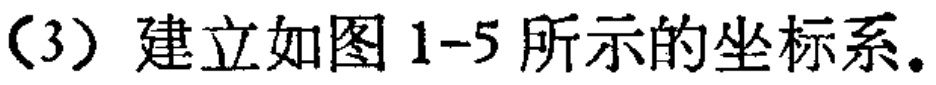
（3）建立如图 1-5 所示的坐标系。